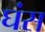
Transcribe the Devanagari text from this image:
घंस